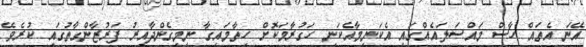
އޭނަ އެތައް ހާސް މައްސަލައެއްގައި އެކަނިމާއެކަނި ހަގުރާމަކޮށް ހިތާމައިގާ ނިމިގެންދާއިރު ފަރުޒާންގާތުގައި ކުރެވޭ